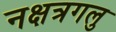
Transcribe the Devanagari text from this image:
नक्षत्रगलु